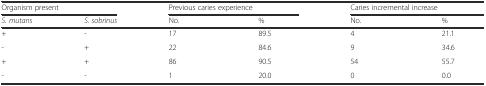
<table><thead><tr><td colspan="2"><b>Organism present</b></td><td colspan="2"><b>Previous caries experience</b></td><td colspan="2"><b>Caries incremental increase</b></td></tr><tr><td><b><i>S. mutans</i></b></td><td><b><i>S. sobrinus</i></b></td><td><b>No.</b></td><td><b>%</b></td><td><b>No.</b></td><td><b>%</b></td></tr></thead><tbody><tr><td>+</td><td>-</td><td>17</td><td>89.5</td><td>4</td><td>21.1</td></tr><tr><td>-</td><td>+</td><td>22</td><td>84.6</td><td>9</td><td>34.6</td></tr><tr><td>+</td><td>+</td><td>86</td><td>90.5</td><td>54</td><td>55.7</td></tr><tr><td>-</td><td>-</td><td>1</td><td>20.0</td><td>0</td><td>0.0</td></tr></tbody></table>